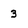
Character: 3